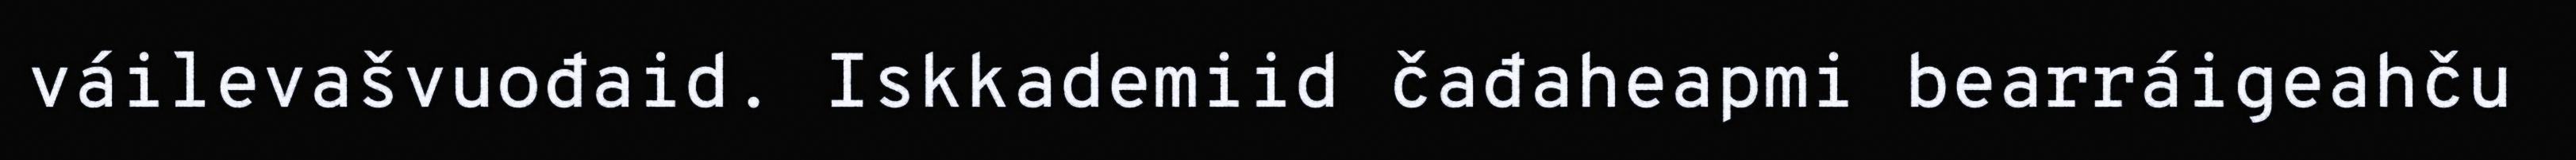
váilevašvuođaid. Iskkademiid čađaheapmi bearráigeahču